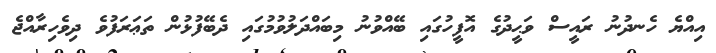
އިއްޔެ ހެނދުނު ރައީސް ވަޙީދުގެ އޮފީހުގައި ބޭއްވުނު މިބައްދަލުވުމުގައި ދެބޭފުޅުން ތަޢަރަފުވެ ދިވެހިރާއްޖެ